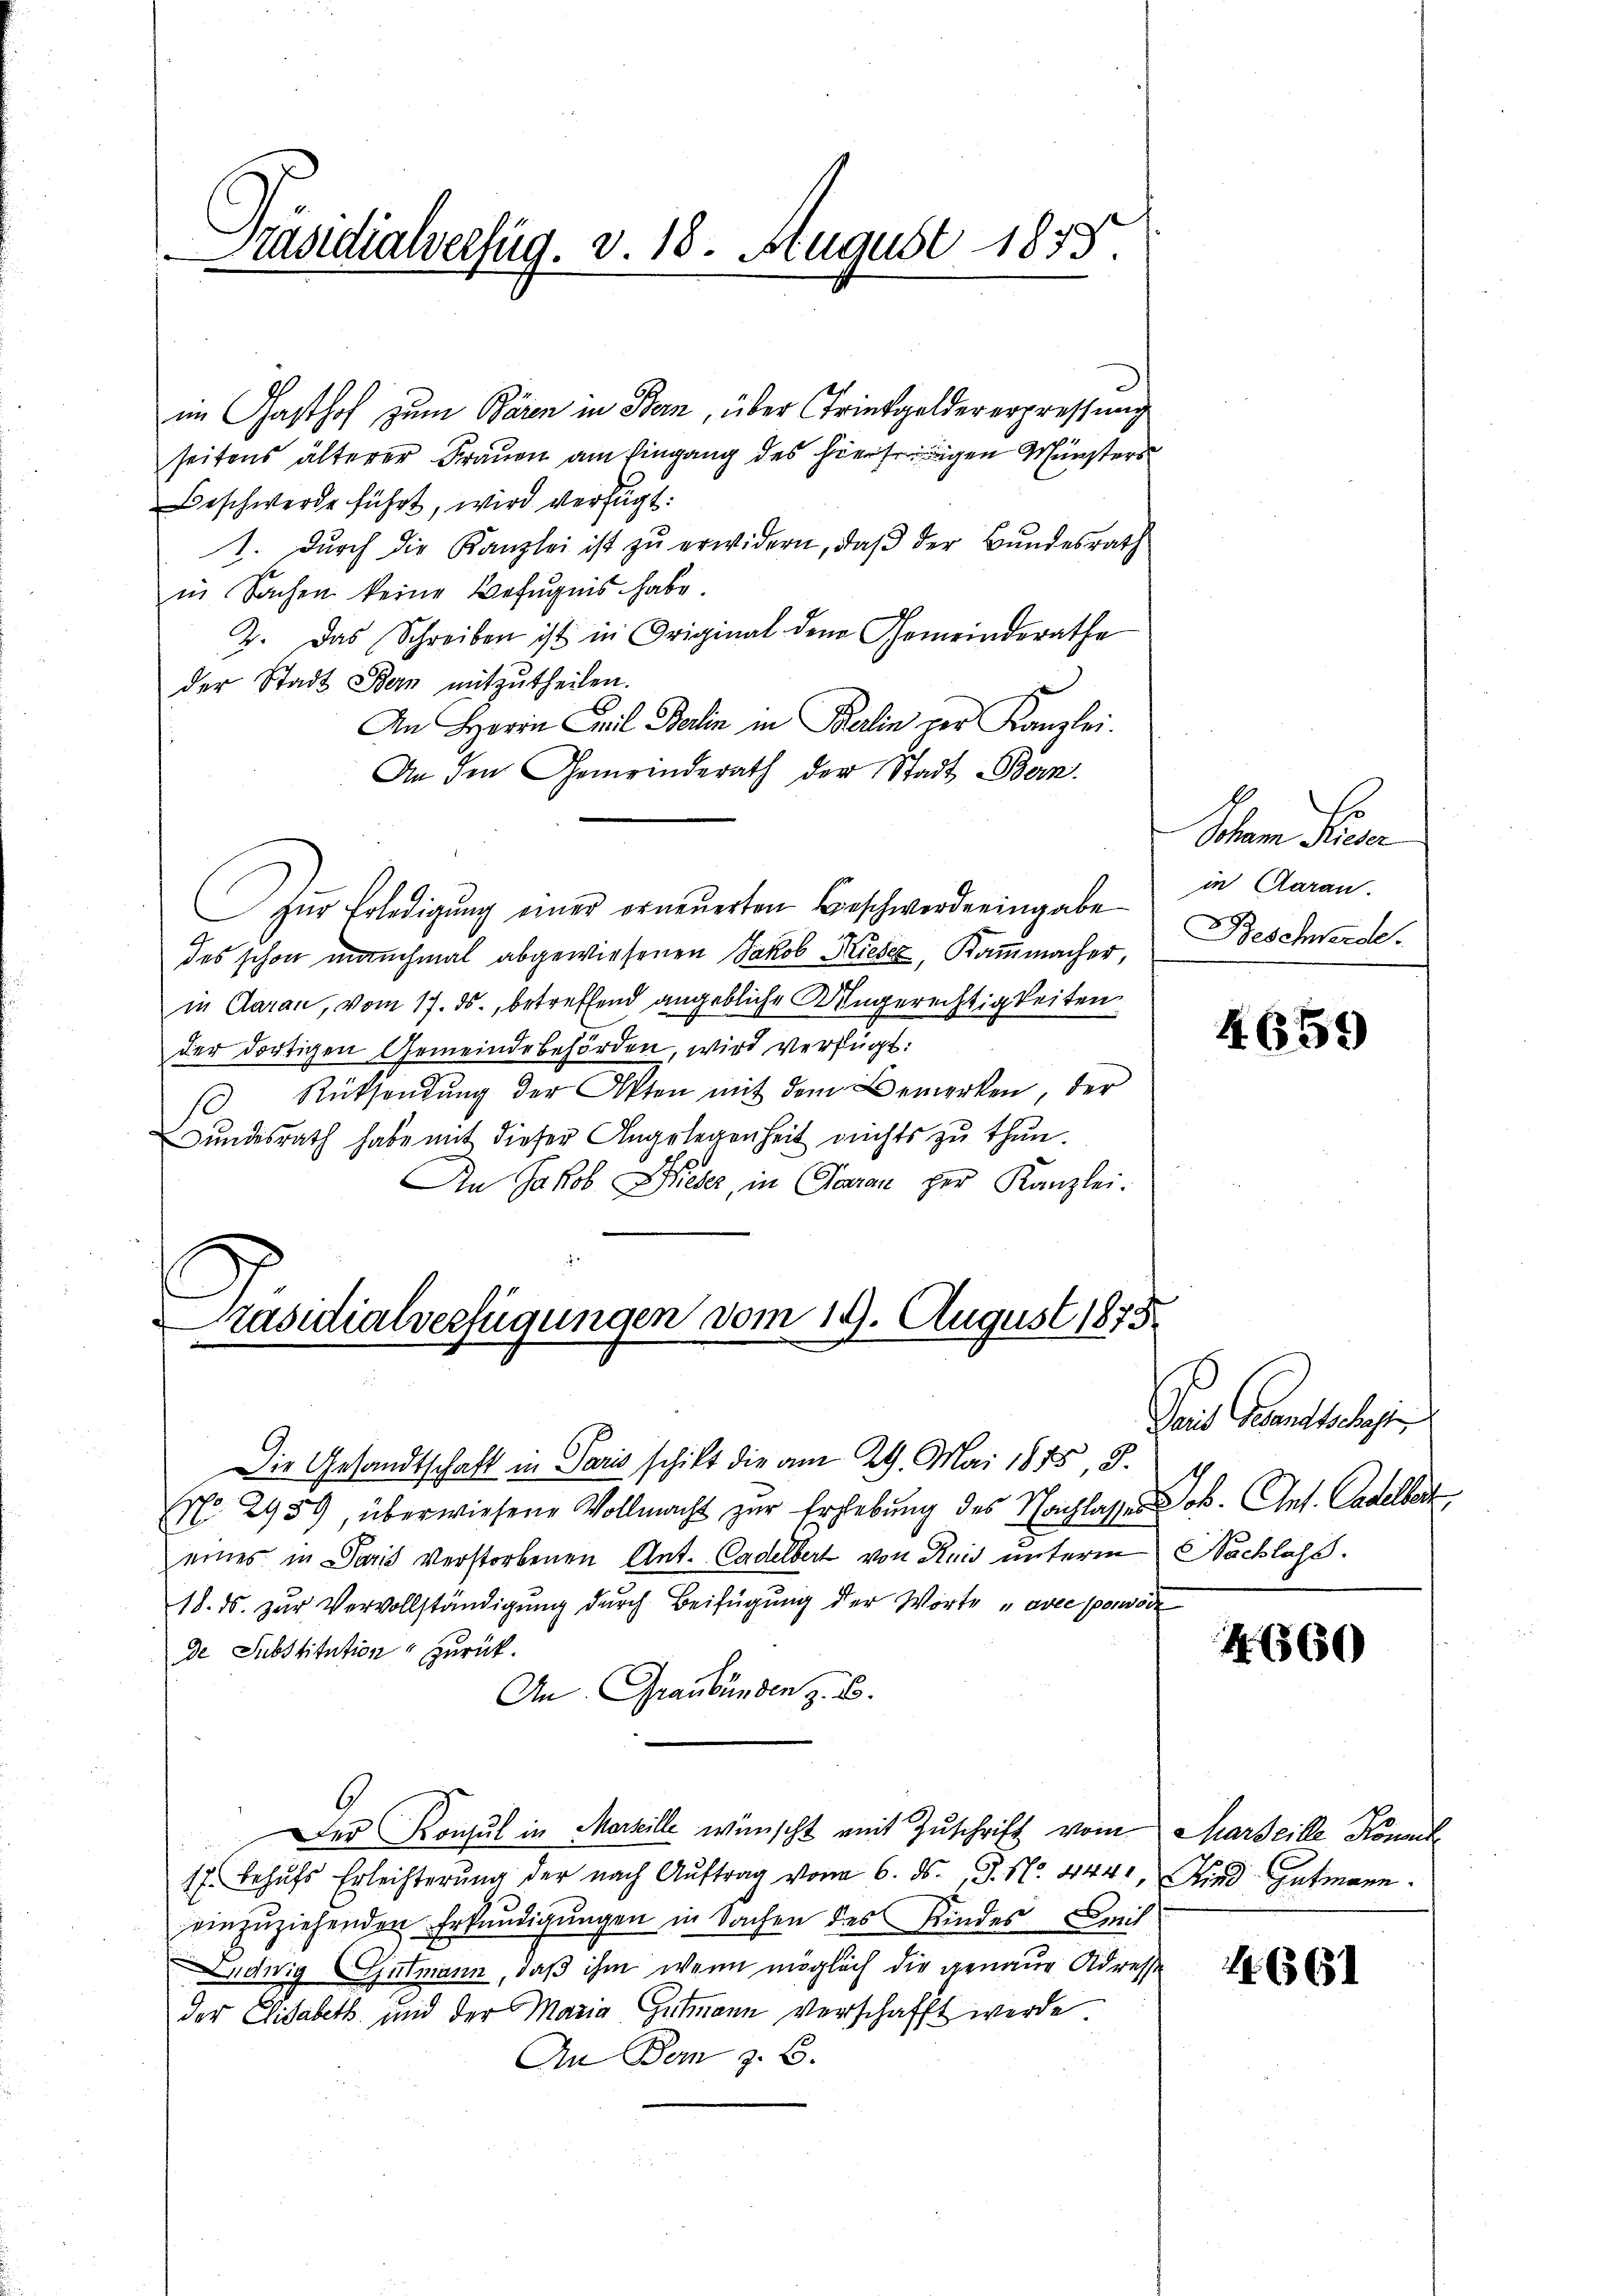
msidialverfüg. v. 18. August 1855.

im Gasthof zum Bären in Bern, über Trinkgeldererpressung
seitens älterer Frauen am Eingang des hierigen Münster
Beschwerde führt, wird verfügt:
1. dŭrch die Kanzlei ist zŭ erwidern, daß der Bundesrath
in Sachen keine Befugnis habe.
2. Das Schreiben ist in Original dem Gemeinderathe
der Stadt Bern mitzŭtheilen.
An Herrn Civil Berlin in Berlin der Kanzlei.
An den Gemeinderath der Stadt Bern.
fŭr Erledigŭng einer erneŭerten Beschwerde eingabe
des schon manchmal abgewiesenen Jakob Krieser, Kaṁmacher,
in Garan, vom 17. ds., betreffend angebliche Ungerechtigkeiten
der dortigen Gemeindebehörden, wird verfügt:
 Rücksendung der Akten mit dem Bemerken, der
Bundesrath habe mit dieser Angelegenheit nichts zu thun.
An Jakob Nieder, in Garan per Kanzlei.

räsidialverfügungen vom 14. August 1875.

Die Gesandtschaft in Paris schikt die am 29. Mai 1855, 8.
No. 2959, überwiesene Vollmacht zur Erhebung des Nachlasser Joh. Ant. Cadelbert
eines in Paris verstorbenen Ant. Cadelbert von Reis unterm
18. ds. zur Vervollständigung durch Beifügung der Worte avec pomode
de Substitution zurück.
An Graubünden z. B.
6
Der Konsul in Marzille wünscht mit Zuschrift vom Marseille Köni
17. behŭfs Erleisterŭng der nach Aŭftrag von 6. ds. S. Nr. 444, Kind Gutmann.
einzuziehenden Erkundigungen in Sachen des Kindes mit
Ludwig Gutmann, daß ihm wenn möglich die genaue Adresse
s
der Elisabeth und der Maria Gutmann verschafft werde.
An Bern z. B.

Scham Priesa
in Aaran.
Beschwerde.

4659

s
Paris Gesandtschafte
Nachlass.

4660

14. 665.